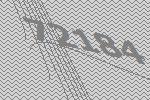
72184